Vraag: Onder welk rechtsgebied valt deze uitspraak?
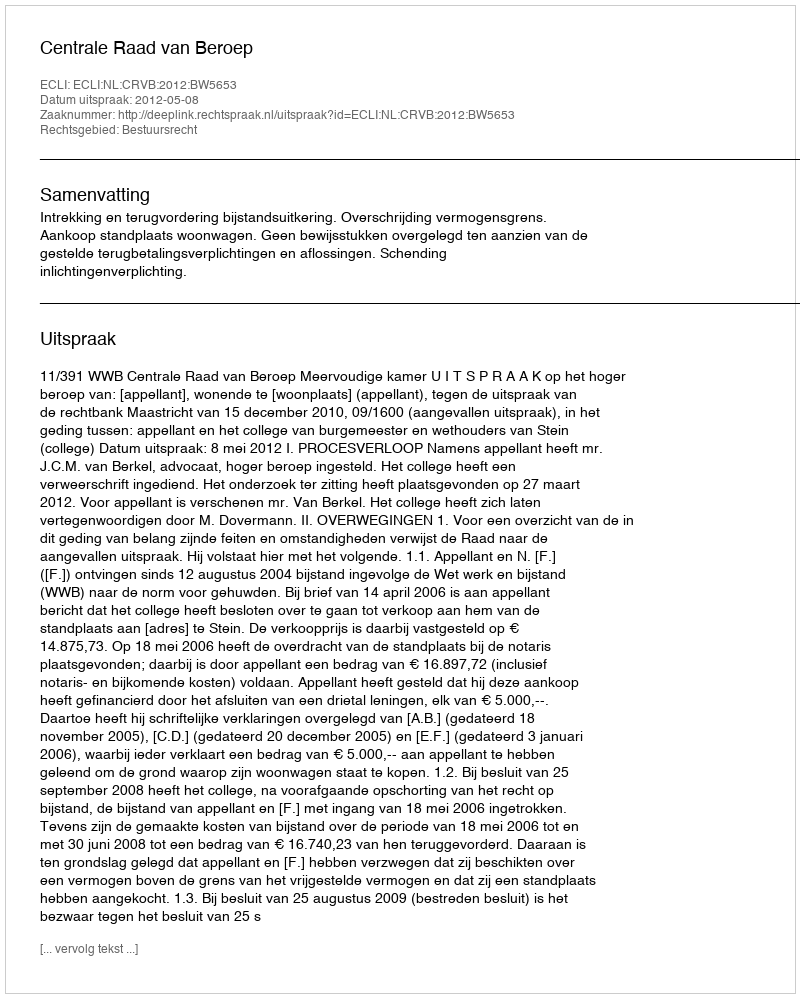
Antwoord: Bestuursrecht